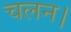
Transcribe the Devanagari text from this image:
चलन।